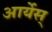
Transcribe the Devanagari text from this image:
आर्येस्